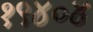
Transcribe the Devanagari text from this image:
१९४०४